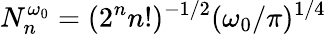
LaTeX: N_{n}^{\omega_{0}}=(2^{n}n!)^{-1/2}(\omega_{0}/\pi)^{1/4}